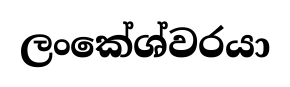
ලංකේශ්වරයා